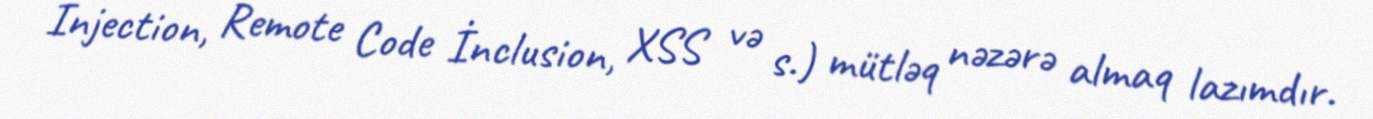
İnjection, Remote Code İnclusion, XSS və s.) mütləq nəzərə almaq lazımdır.